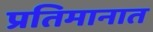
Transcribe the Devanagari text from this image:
प्रतिमानात